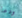
ودعا